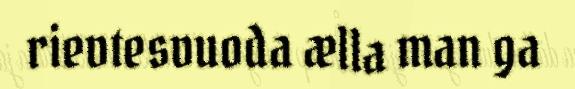
rievtesvuoda ælla man ga